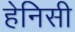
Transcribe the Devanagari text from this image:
हेनिसी